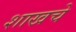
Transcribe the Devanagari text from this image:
शाखचे